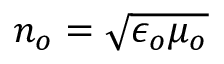
n _ { o } = \sqrt { \epsilon _ { o } \mu _ { o } }